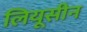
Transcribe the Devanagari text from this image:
लियूसीन